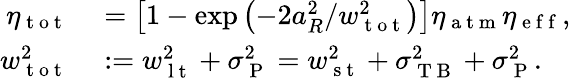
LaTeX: \begin{array}{rl}{\eta_{\mathrm{~t~o~t~}}}&{{}=\left[1-\exp\left(-2a_{R}^{2}/w_{\mathrm{~t~o~t~}}^{2}\right)\right]\eta_{\mathrm{~a~t~m~}}\eta_{\mathrm{~e~f~f~}},}\\ {w_{\mathrm{~t~o~t~}}^{2}}&{{}:=w_{\mathrm{~l~t~}}^{2}+\sigma_{\mathrm{~P~}}^{2}=w_{\mathrm{~s~t~}}^{2}+\sigma_{\mathrm{~T~B~}}^{2}+\sigma_{\mathrm{~P~}}^{2}.}\end{array}